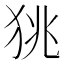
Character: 狣